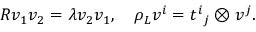
R v _ { 1 } v _ { 2 } = \lambda v _ { 2 } v _ { 1 } , \quad \rho _ { L } v ^ { i } = { t ^ { i } } _ { j } \otimes v ^ { j } .